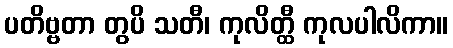
ပတိဗ္ဗတာ တွပိ သတီ၊ ကုလိတ္ထီ ကုလပါလိကာ။